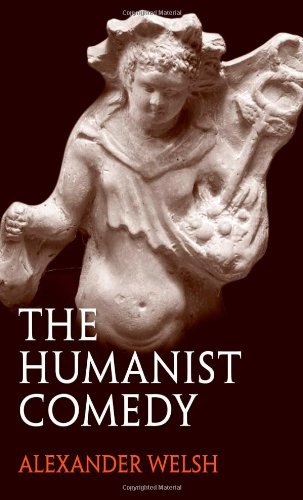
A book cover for The Humanist Comedy; Alexander Welsh; Humor & Entertainment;